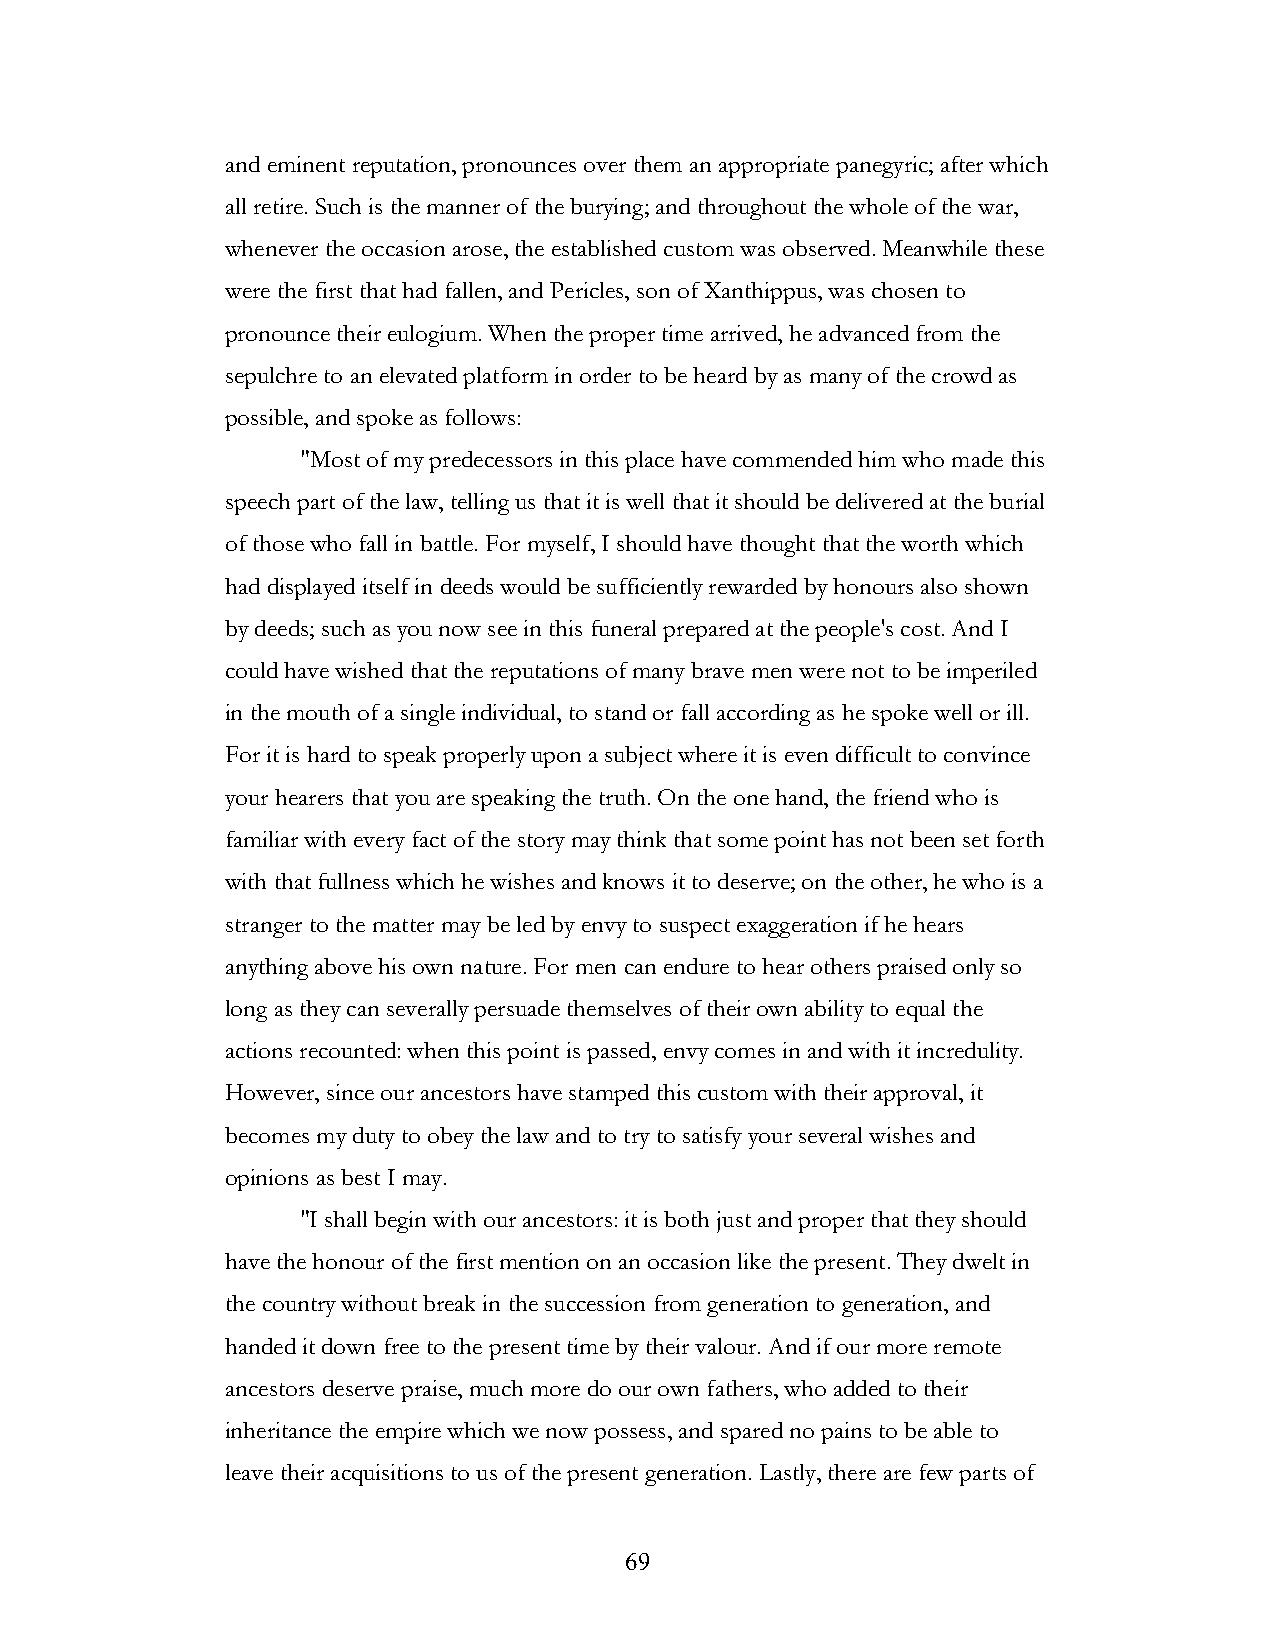
and eminent reputation, pronounces over them an appropriate panegyric; after which
 all retire. Such is the manner of the burying; and throughout the whole of the war,
 whenever the occasion arose, the established custom was observed. Meanwhile these
 were the first that had fallen, and Pericles, son of Xanthippus, was chosen to
 pronounce their eulogium. When the proper time arrived, he advanced from the
 sepulchre to an elevated platform in order to be heard by as many of the crowd as
 possible, and spoke as follows:
 "Most of my predecessors in this place have commended him who made this
 speech part of the law, telling us that it is well that it should be delivered at the burial
 of those who fall in battle. For myself, I should have thought that the worth which
 had displayed itself in deeds would be sufficiently rewarded by honours also shown
 by deeds; such as you now see in this funeral prepared at the people's cost. And I
 could have wished that the reputations of many brave men were not to be imperiled
 in the mouth of a single individual, to stand or fall according as he spoke well or ill.
 For it is hard to speak properly upon a subject where it is even difficult to convince
 your hearers that you are speaking the truth. On the one hand, the friend who is
 familiar with every fact of the story may think that some point has not been set forth
 with that fullness which he wishes and knows it to deserve; on the other, he who is a
 stranger to the matter may be led by envy to suspect exaggeration if he hears
 anything above his own nature. For men can endure to hear others praised only so
 long as they can severally persuade themselves of their own ability to equal the
 actions recounted: when this point is passed, envy comes in and with it incredulity.
 However, since our ancestors have stamped this custom with their approval, it
 becomes my duty to obey the law and to try to satisfy your several wishes and
 opinions as best I may.
 "I shall begin with our ancestors: it is both just and proper that they should
 have the honour of the first mention on an occasion like the present. They dwelt in
 the country without break in the succession from generation to generation, and
 handed it down free to the present time by their valour. And if our more remote
 ancestors deserve praise, much more do our own fathers, who added to their
 inheritance the empire which we now possess, and spared no pains to be able to
 leave their acquisitions to us of the present generation. Lastly, there are few parts of
 !                         69